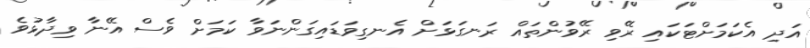
އަދި އެކަމަށްޓަކައި ރޭވި ރޭވުންތައް ރަނގަޅަށް އެނގިވަޑައިގަންނަވާ ކަމަށް ވެސް އޭނާ ވިދާޅުވެ